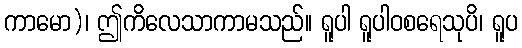
ကာမော)၊ ဤကိလေသာကာမသည်။ ရူပါ ရူပါဝစရေသုပိ၊ ရူပ